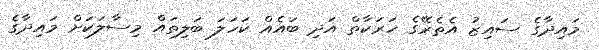
މައިދާގެ ސައިޒު އެތެރޭގެ ހަރަކާތް އަދި ބައެއް ކަހަލަ ބަލިތައް މިސާލަކަށް މައިދާގެ